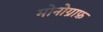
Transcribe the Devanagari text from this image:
मोनोग्राफ़